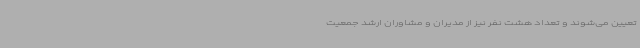
تعیین می‌شوند و تعداد هشت نفر نیز از مدیران و مشاوران ارشد جمعیت